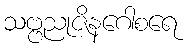
သဗ္ဗညုဇိနဂေါစရေ